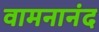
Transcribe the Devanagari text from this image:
वामनानंद